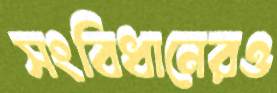
সংবিধানেরও